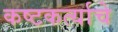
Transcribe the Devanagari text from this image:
कष्टकर्त्याचे